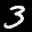
Label: 3